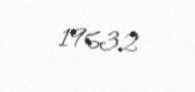
19632